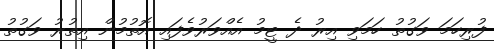
ފުރިހަމަ ވަގުތު ހަމަވި އިރު ދެ ޓީމު އެއްވަރުވެފައި އޮތުމުން އިތުރު ވަގުތު